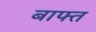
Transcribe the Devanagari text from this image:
बाफ्त